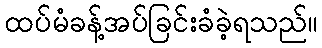
ထပ်မံခန့်အပ်ခြင်းခံခဲ့ရသည်။